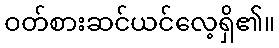
ဝတ်စားဆင်ယင်လေ့ရှိ၏။